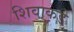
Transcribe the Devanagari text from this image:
शिवाकडे